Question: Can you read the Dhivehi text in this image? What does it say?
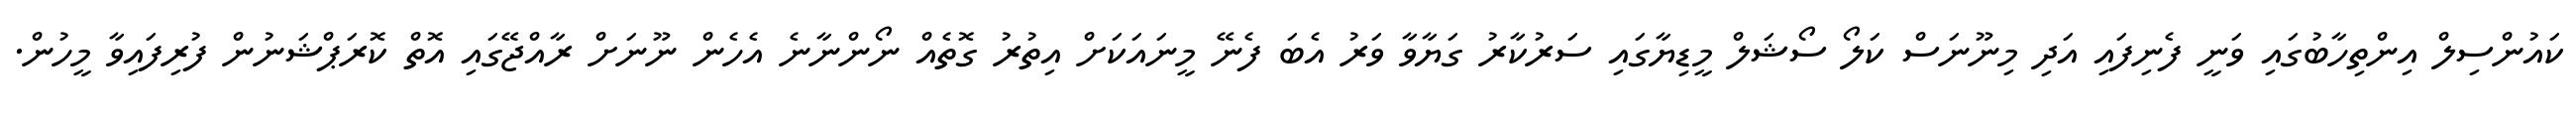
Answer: ކައުންސިލް އިންތިހާބުގައި ވަނީ ފެނިފައި އަދި މިނޫނަސް ކަލޯ ސޯޝަލް މީޑިޔާގައި ސަރުކާރު ގަޔާވާ ވަރު އެބަ ފެނޭ މީނައަކަށް އިތުރު ގޮތެއް ނޯންނާނެ އެހެން ނޫނަށް ރާއްޖޭގައި އޮތް ކޮރަޕްޝަނުން ފުރިފައިވާ މީހުން.